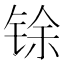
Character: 𮸋